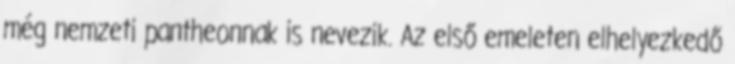
még nemzeti pantheonnak is nevezik. Az első emeleten elhelyezkedő